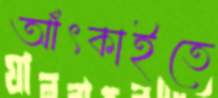
আঁৎকাইতে